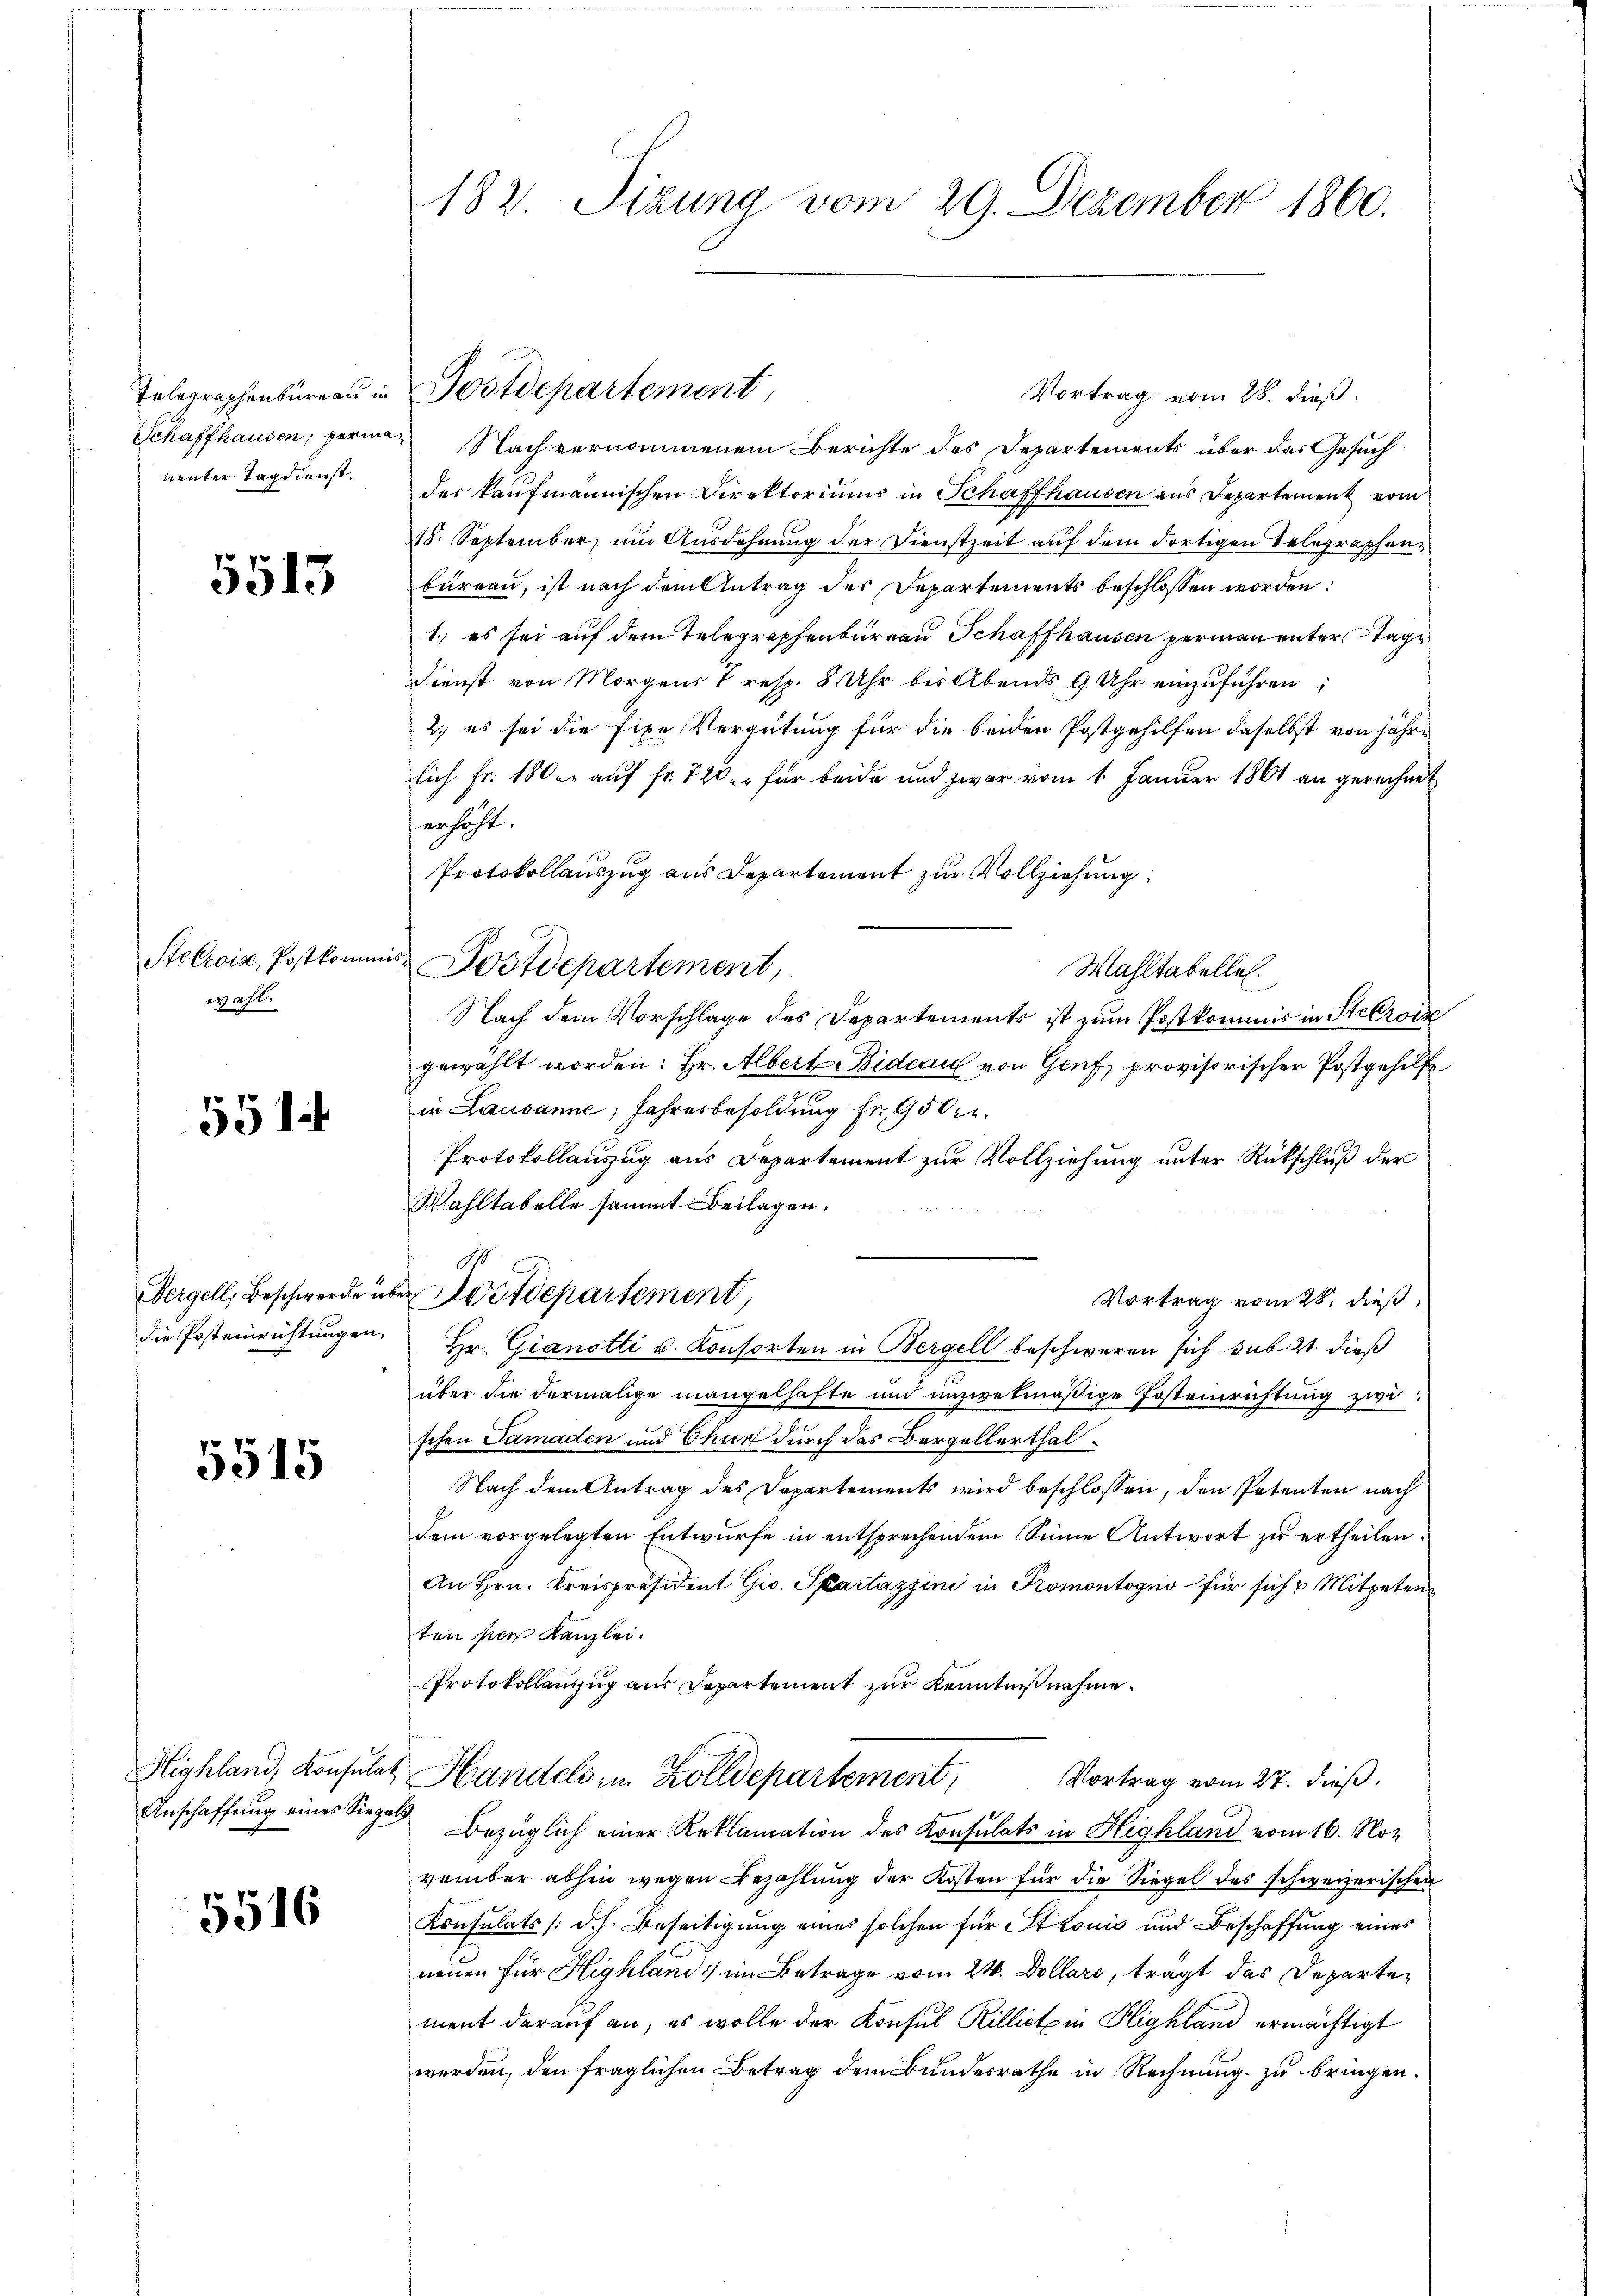
nenter Tag dienst.

5513

Stelroix, Postkomm
wahl.

551.

5515

Anschaffung eines Siegels

5516

182. Sitzung vom 29. Dezember 1860.

Vortrag vom 28. dieß.
Schaffhausen, permag Nach vernommenem Berichte des Departements über das Gesuch
der kaufmännischen Direktoriums in Schaffhausen aus Departement vom
18. September um Ausdehnung der Dienstzeit auf dem dortigen Telegraphenbürren, ist nach dem Antrag des Departements beschlossen worden:
1.) es sei auf dem Telegraphenbureau Schaffhausen permann unter Tage
Dienst von Morgens 7 resp. 8 Uhr bis Abends 9 Uhr einzŭführen;
2. es sei die fixe Vergütung für die beiden Postgehilfen daselbst von jährlich Fr. 180 er auf fr. 720 er für beide und zwar vom 1. Januar 1861 an gerechnet
erhöht.
Protokollauszug aus Departement zur Vollziehung
Mahltatellen.
Nach dem Vorschlage des Departements ist zum Postkommis in Stelroiz
gewählt worden: Hr. Albert ideaus von Genf, provisorischer Postgehilfe
in Lausanne, Jahresbesoldung fr. 9500.
Protokollauszug aus Departement zur Vollziehung unter Rückschluß der
Wahltabelle sammt Beilagen.
A
Dergell, Beschwerde über ostdepartement,
Vortrag vom 28. dieß,
die Posteinrichtungen. Hr. Gianotti u. Konsorten in Bergell beschweren sich sub 21. dieß
über die dermalige mangelhafte und unzwekmäßige Posteinrichtung zwi
schen Samaden und Chur durch das Bergellerthal¬
Nach dem Antrag des Departements wird beschlossen, den Petenten nach
dem vorgelegten Entwurfe in entsprechendem Sinne Antwort zu ertheilen.
An Hrn. Kreispräsident Gic. Spartazzini in Promontogno für sich u Mitgeten
ten per Kanzlei.
Protokollauszug aus Departement zur Kenntniß nehme.
Highland, Konsulat, Handels im Zolldepartement, Vortrag vom 27. dieβ.
Bezüglich einer Reklamation des Konsulats in Highland vom 16. Nov.
vember abhin wegen Bezahlung der Kosten für die Siegel des schweizerischen
Konsulats (d. h. Beseitigung eines solchen für Stonić und Beschaffung eines
neuen für Highland] im Betrage vom 24. Dollars, tragt das Departement darauf an, es wolle der Konsul Rillicte in Highland ermächtigt
werden, den fraglichen Betrag dem Bundesrathe in Rechnung zu bringen.

Telegraphenbüreaŭ in Postdepartement,

und Postdepartement,